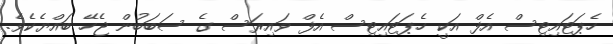
ހެޕަޓައިޓިސް އެފް އަކީ ހެޕަޓައިޓިސް އެފް ވައިރަސް ގެ ސަބަބުން ޖެހޭ ބައްޔެކެވެ.